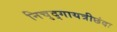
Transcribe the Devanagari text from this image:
निचृद्‌गायत्रीछंदः